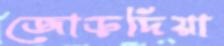
জোড়দিয়া